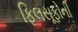
ફિલસૂફોની